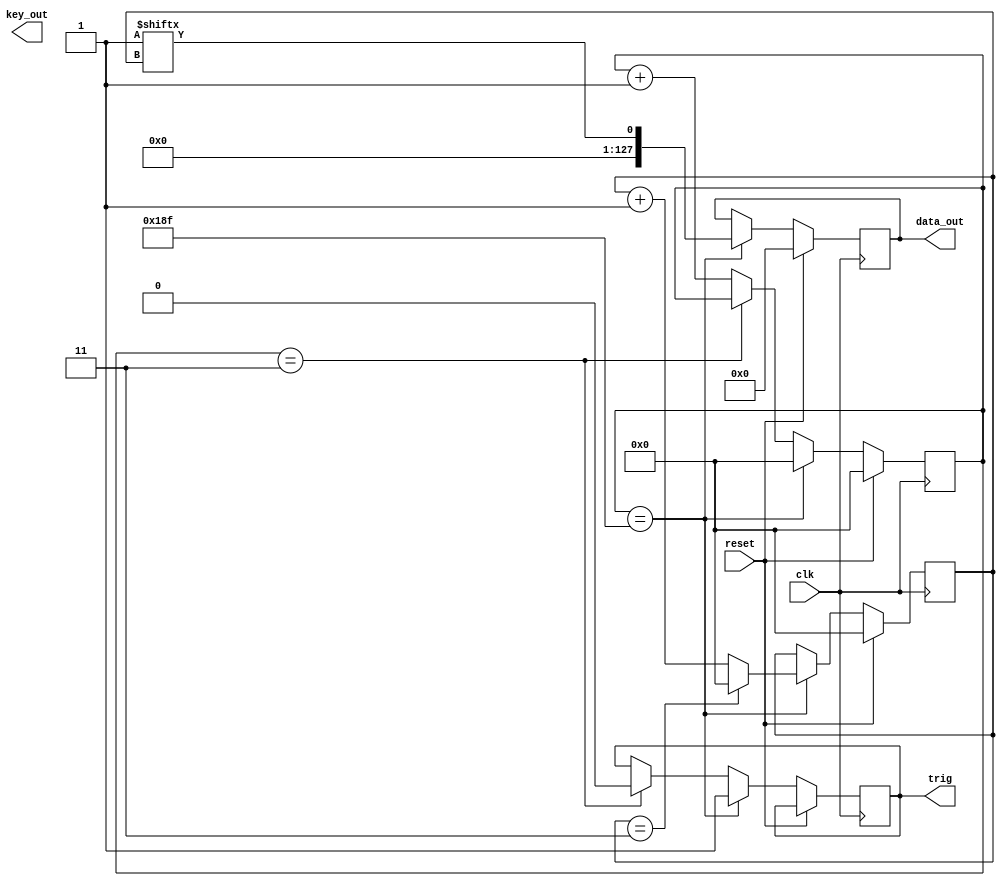
module data_to_aes(
     input  wire         clk,
     input  wire         reset,
     output reg  [127:0]  data_out,
     output reg  [127:0]  key_out,
     output reg           trig
     ); 

     reg [127:0] data_rom[0:4];
     reg [127:0] key_rom[0:4];
     reg [15:0] i;
     reg [15:0] counter;//5000 * 2000prbek = 10 000 000 ; zegar 10mhz => 1hz

     always @(reset)     // fs = 2kHz; f1 = 1Hz; A1 = 3000000; f2 = 50Hz; A2 = 90000
         begin 
         data_rom[0] = 128'h205B1175E79D33AADE05CE92B7A8CDC7;
         key_rom[0]  = 128'h5C9D5DDD1448A9F58A8E7BBC0273C007;
         data_rom[1] = 128'h13228AFC500B41F21F5C867EB928DCA2;
         key_rom[1]  = 128'h91409012404D8768EA97B743DA335EAF; 
         data_rom[2] = 128'h146B7545E59A99E4899D3A035256FD8A; 
         key_rom[2]  = 128'h24DF7C833BE85DAA166D8F1B0FC79EA5; 
         data_rom[3] = 128'hBDDBA76EA19FFE9BB71116868A852647; 
         key_rom[3]  = 128'h3BE398E94A4B0C355907EC553FC7EE6A; 
         end 

     always @(posedge(clk))
         begin 
             if(reset) 
                 begin 
                     data_out <= 127'b0; 
                     i <= 16'b0; 
                     counter <= 16'b0; 
                 end 
             else 
                 begin 
                     if(counter == 16'd399) 
                         begin 
                             data_out <= rom[i]; 
                             counter <=16'b0; 
                             trig=1;
                             if(i == 3) i <= 0; 
                             else i <= i + 1; 
                         end 
                     else if(counter==3) trig=0;
                     else
                         counter <= counter + 16'd1; 
                 end 
         end 

endmodule